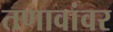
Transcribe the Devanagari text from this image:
तणावांवर